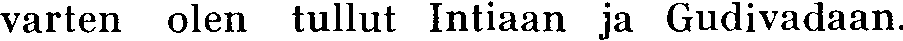
varten olen tullut Intiaan ja Gudivadaan.